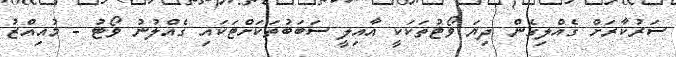
ސަރުކާރަށް ގެއްލިގެން ދިޔަ ވޯޓުތަކަކީ އާއިލީ ސަބަބުތަކަށްޓަކައި ގެއްލުނު ވޯޓު - މުއިއްޒު